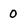
Character: O